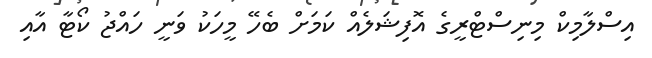
އިސްލާމިކް މިނިސްޓްރީގެ އޮފިޝަލެއް ކަމަށް ބެހޭ މީހަކު ވަނީ ހައްޖު ކޯޓާ އާއި